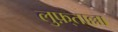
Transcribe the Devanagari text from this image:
लुफ़्ताल्ला